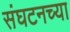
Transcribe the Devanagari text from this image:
संघटनच्या